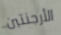
الأرجنتين